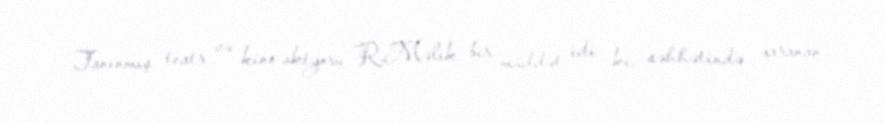
Tanınmış teatr və kino aktyoru R.Məlik bir müddət idi ki, səhhətində yaranan